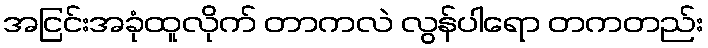
အငြင်းအခုံထူလိုက် တာကလဲ လွန်ပါရော တကတည်း